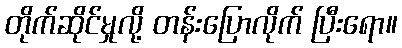
တိုက်ဆိုင်မှုလို့ တန်းပြောလိုက် ပြီးရော။